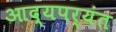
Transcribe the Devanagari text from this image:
आद्यपर्यंत